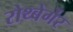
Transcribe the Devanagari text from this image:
रोथ्बेर्गेर